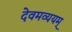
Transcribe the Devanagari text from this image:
देवमव्ययम्